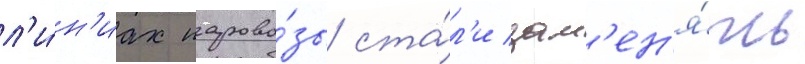
л'и́н'иах парово́зы ста́л'и зам'ен'я́ть